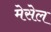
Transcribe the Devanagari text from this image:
मेसेल